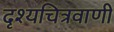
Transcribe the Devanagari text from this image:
दृश्यचित्रवाणी